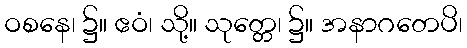
ဝစနေ၊ ၌။ ဧဝံ၊ သို့။ သုတ္တေ၊ ၌။ အနာဂတေပိ၊